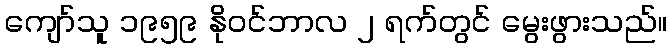
ကျော်သူ ၁၉၅၉ နိုဝင်ဘာလ ၂ ရက်တွင် မွေးဖွားသည်။